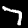
Digit: 7